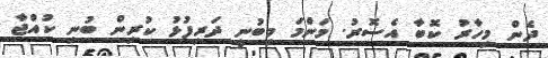
ދެން މިހާރު ކޮބާ އެސޮރު. މަންމަ މިބުނީ ދަރިފުޅު ކުރިން ބުނި ކުއްޖާ